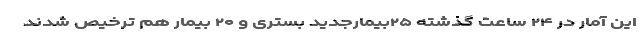
این آمار در ۲۴ ساعت گذشته ۲۵بیمارجدید بستری و ۲۰ بیمار هم ترخیص شدند